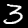
Label: 3